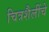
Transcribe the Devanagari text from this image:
चित्रशैलींचे